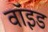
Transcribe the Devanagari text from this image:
वाॅइड